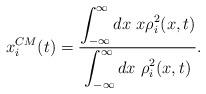
LaTeX: \begin{align*}x^{CM}_{i}(t)=\frac{\displaystyle{\int_{-\infty}^\infty dx~ x \rho^2_{i}(x,t)}}{ \displaystyle{\int_{-\infty}^\infty dx~\rho^2_{i}(x,t)}}.\end{align*}